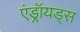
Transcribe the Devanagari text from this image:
एंड्रॉयड्स